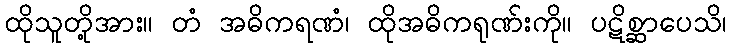
ထိုသူတို့အား။ တံ အဓိကရဏံ၊ ထိုအဓိကရုဏ်းကို။ ပဋိစ္ဆာပေသိ၊